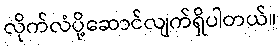
လိုက်လံပို့ဆောင်လျက်ရှိပါတယ်။